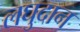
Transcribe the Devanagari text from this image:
लघुदान